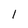
Character: 1